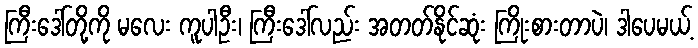
ကြီးဒေါ်တို့ကို မလေး ကူပါဦး၊ ကြီးဒေါ်လည်း အတတ်နိုင်ဆုံး ကြိုးစားတာပဲ၊ ဒါပေမယ့်